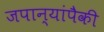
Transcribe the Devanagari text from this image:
जपान्यांपैकी